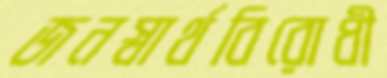
জনস্বার্থবিরোধী